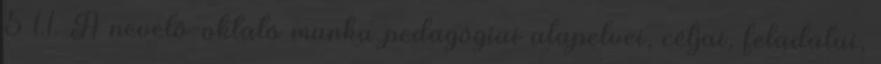
5 1.1. A nevelő-oktató munka pedagógiai alapelvei, céljai, feladatai,